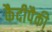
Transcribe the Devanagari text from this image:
कैदीपैकी